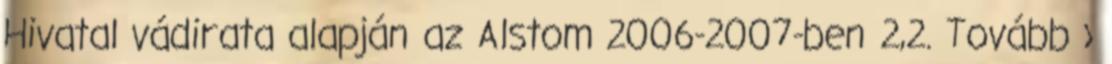
Hivatal vádirata alapján az Alstom 2006-2007-ben 2,2. Tovább ›